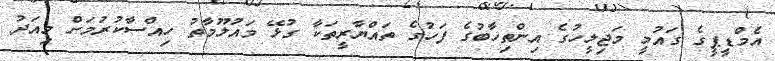
އެމްޑީޕީގެ ގައުމީ މަޖިލީހުގެ އިންތިހާބުގެ ފަހުގެ ތައްޔާރީތަކާ ގުޅޭ މައުލޫމާތު ހިއްސާކުރުމަށް މިއަދު